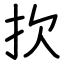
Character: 扻